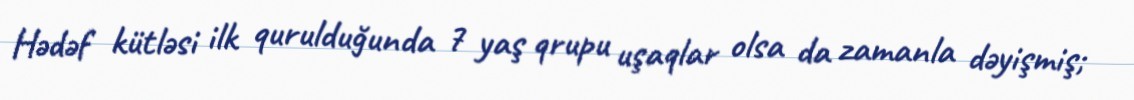
Hədəf kütləsi ilk qurulduğunda 7 yaş qrupu uşaqlar olsa da zamanla dəyişmiş;